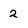
Character: 2